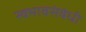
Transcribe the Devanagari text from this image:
स्वभावसंबंधी